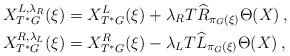
LaTeX: \begin{align*} X^{L,\lambda_R}_{T^*G}(\xi)&=X^L_{T^*G}(\xi)+ \lambda_R T\widehat R_{\pi_G(\xi)} \Theta(X)\,,\\ X^{R,\lambda_L}_{T^*G}(\xi)&=X^R_{T^*G}(\xi)-\lambda_L T\widehat L_{\pi_G(\xi)} \Theta(X)\,, \end{align*}